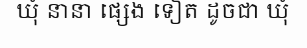
ឃុំ នានា ផ្សេង ទៀត ដូចជា ឃុំ